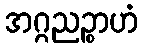
အဂ္ဂညဉ္စာဟံ